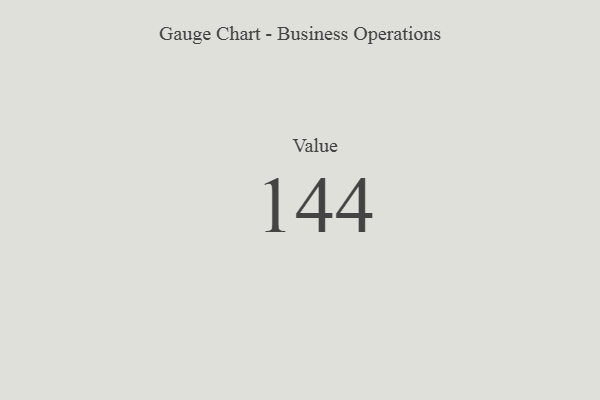
{"axis": {"x": "Metric", "y": "Value"}, "legend": [""], "data": [{"x": "Value", "y": 144, "type": ""}]}